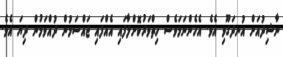
ނާޝިދުއަށް އުނދަގޫވި އެވެ. އެހެންނަމަވެސް ހިތްވަރުކޮށްލާފައި އެއްފައި ޖައްސަމުން ދުއްވަމުން ދިޔަ އެވެ.